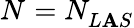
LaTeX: N_{}=N_{L\mathbf{A}S}^{}